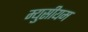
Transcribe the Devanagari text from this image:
म्युसीयम